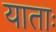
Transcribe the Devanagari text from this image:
याताः